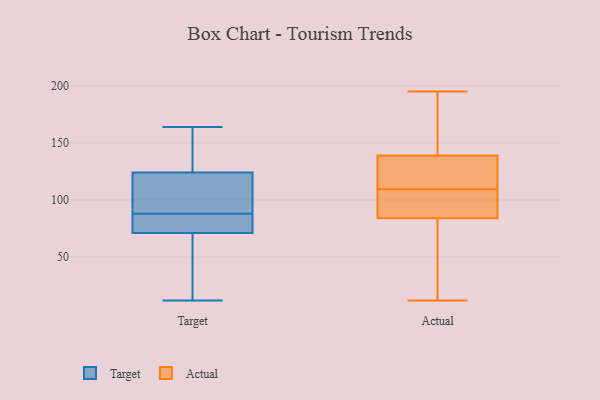
{"axis": {"x": "Bounce Rate (%)", "y": "Value"}, "legend": ["Actual", "Target"], "data": [{"x": "", "y": 78, "type": "Target"}, {"x": "", "y": 71, "type": "Target"}, {"x": "", "y": 164, "type": "Target"}, {"x": "", "y": 75, "type": "Target"}, {"x": "", "y": 150, "type": "Target"}, {"x": "", "y": 96, "type": "Target"}, {"x": "", "y": 124, "type": "Target"}, {"x": "", "y": 49, "type": "Target"}, {"x": "", "y": 80, "type": "Target"}, {"x": "", "y": 113, "type": "Target"}, {"x": "", "y": 30, "type": "Target"}, {"x": "", "y": 127, "type": "Target"}, {"x": "", "y": 12, "type": "Target"}, {"x": "", "y": 96, "type": "Target"}, {"x": "", "y": 108, "type": "Actual"}, {"x": "", "y": 116, "type": "Actual"}, {"x": "", "y": 26, "type": "Actual"}, {"x": "", "y": 123, "type": "Actual"}, {"x": "", "y": 70, "type": "Actual"}, {"x": "", "y": 116, "type": "Actual"}, {"x": "", "y": 98, "type": "Actual"}, {"x": "", "y": 137, "type": "Actual"}, {"x": "", "y": 99, "type": "Actual"}, {"x": "", "y": 12, "type": "Actual"}, {"x": "", "y": 109, "type": "Actual"}, {"x": "", "y": 163, "type": "Actual"}, {"x": "", "y": 141, "type": "Actual"}, {"x": "", "y": 110, "type": "Actual"}, {"x": "", "y": 109, "type": "Actual"}, {"x": "", "y": 150, "type": "Actual"}, {"x": "", "y": 62, "type": "Actual"}, {"x": "", "y": 32, "type": "Actual"}, {"x": "", "y": 150, "type": "Actual"}, {"x": "", "y": 195, "type": "Actual"}]}